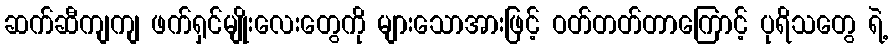
ဆက်ဆီကျကျ ဖက်ရှင်မျိုးလေးတွေကို များသောအားဖြင့် ဝတ်တတ်တာကြောင့် ပုရိသတွေ ရဲ့